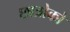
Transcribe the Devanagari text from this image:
छात्रोको